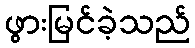
ဖွားမြင်ခဲ့သည်